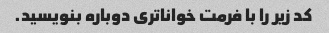
کد زیر را با فرمت خواناتری دوباره بنویسید.